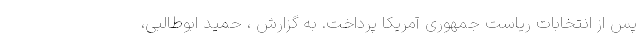
پس از انتخابات ریاست جمهوری آمریکا پرداخت. به گزارش ، حمید ابوطالبی،